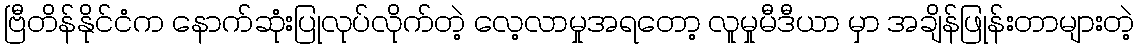
ဗြီတိန်နိုင်ငံက နောက်ဆုံးပြုလုပ်လိုက်တဲ့ လေ့လာမှုအရတော့ လူမှုမီဒီယာ မှာ အချိန်ဖြုန်းတာများတဲ့